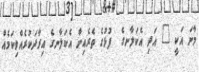
މާނަ އަކީ " އަދި އެކަލާނގެ  ފުޅުގެ ތެރެއިން އެކަލާނގެ އިރާދަކުރެއްވިކަމެއް